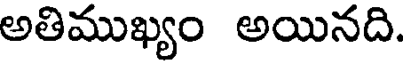
అతిముఖ్యం అయినది.